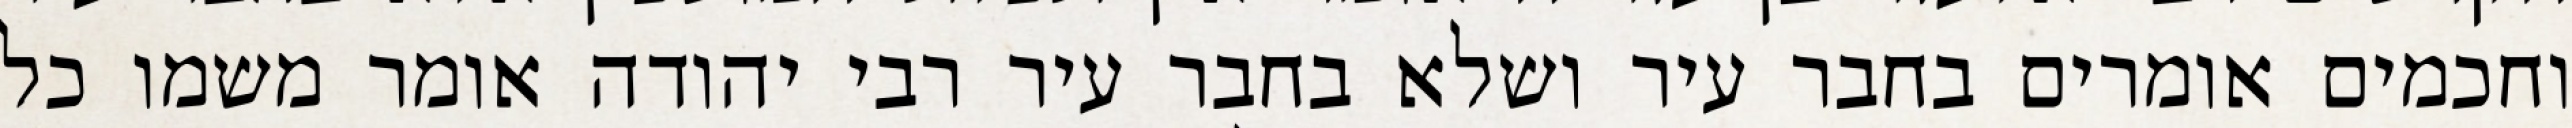
וחכמים אומרים בחבר עיר ושלא בחבר עיר רבי יהודה אומר משמו כל